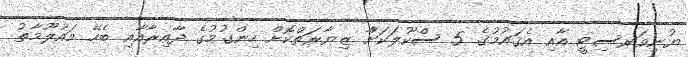
ޔުނިވަރސިޓީ އާއި އެޤައުމުގެ 5 ސްކޫލަކަށާް ޒިޔާރަތްކޮށް ހިންގުމުގެ ދާއިރާއާއި ބެހޭ މައުލޫމާތު